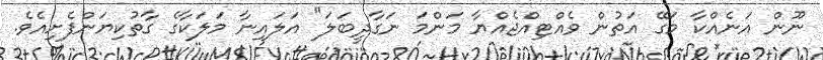
ނޫން އަނެއްކާ މަގޭ އަތުން ވެއްޓިއްޖެއްޔާ މަންމަ ނަގާދީބަލަ" އަލައިނާ މަލަކާގެ ގާތުކިޔަންފެށިއެވެ.